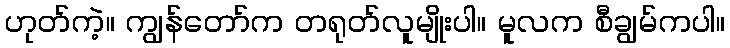
ဟုတ်ကဲ့။ ကျွန်တော်က တရုတ်လူမျိုးပါ။ မူလက စီချွမ်ကပါ။